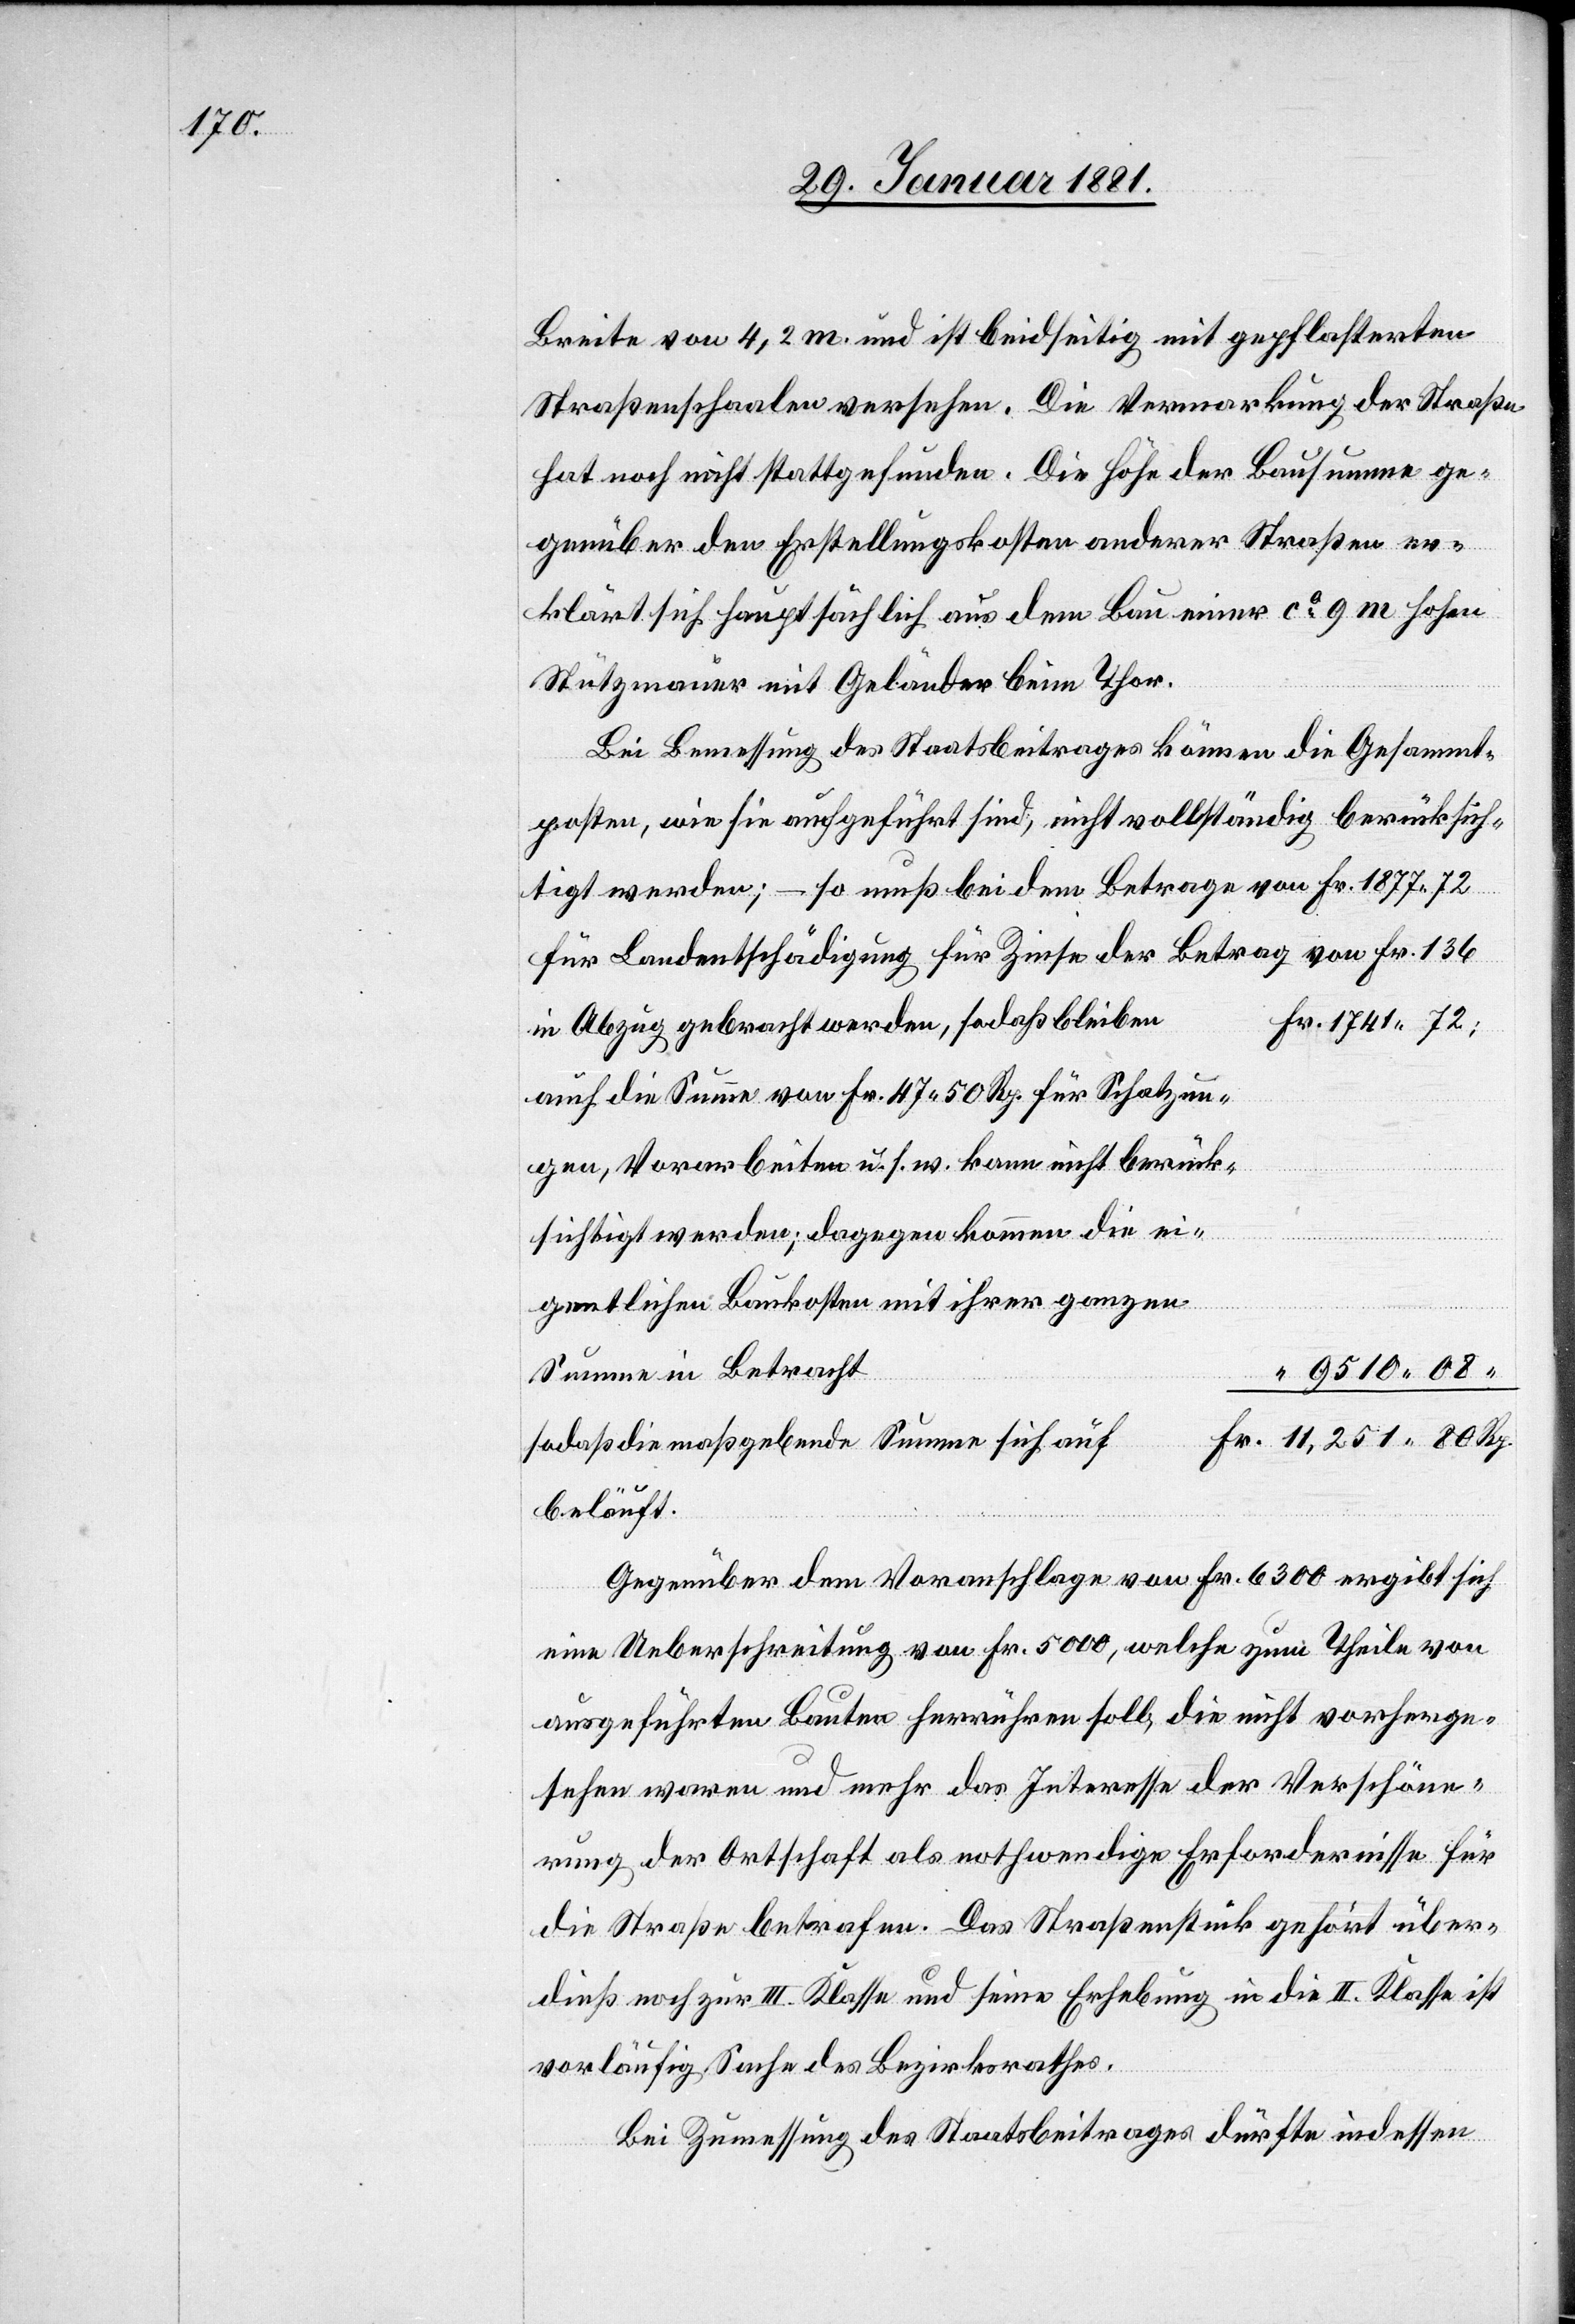
tlichen

Breite von 4,2 m und ist beidseitig mit gepflasterten
Straßenschaalen versehen. Die Vermarkung der Straße
hat noch nicht stattgefunden. Die Höhe der Bausumme ge¬
genüber den Erstellungskosten anderer Straßen er¬
klärt sich hauptsächlich aus dem Bau einer ca 9 m hohen
Stützmauer mit Geländer beim Thor.
Bei Bemessung des Staatsbeitrages können die Gesammt¬
posten, wie sie aufgeführt sind, nicht vollständig berücksich¬
tigt werden; – so muß bei dem Betrage von Fr. 1877 72
für Landentschädigung für Zinse der Betrag von Fr. 136
auch die Summe von Fr. 47 50 Rp. für Schatzung¬
in
sichtigt werden; dagegen kommen die eig¬
9510 08
11,251 80 Rp.
so daß die maßgebende Summe sich
belauft.
Gegenüber dem Voranschlage von Fr. 6300 ergibt sich
eine Ueberschreitung von Fr. 5000, welche zum Theile von
ausgeführten Bauten herrühren soll, die nicht vorherge¬
sehen waren und mehr das Interesse der Verschöne¬
rung der Ortschaft als nothwendige Erfordernisse für
die Straße betrafen. Das Straßenstück gehört über
dieß noch zur III. Klasse und seine Erhebung in die II. Klasse ist
vorläufig Sache des Bezirksrathes.
Bei Zumessung des Staatsbeitrages dürfte indessen